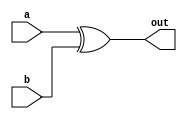
`timescale 1ns/1ps

module xor_gate(out,a,b);
    input a,b;
    output out;

    assign out = a^b;
endmodule

module test;
    reg a,b;
    wire out;

    xor_gate u1(out,a,b);

    initial
    begin
        $monitor(,$time," a=%b b=%b out=%b",a,b,out);
        #0 a=1'b0; b=1'b0;
        #2 a=1'b0; b=1'b1;
        #2 a=1'b1; b=1'b0;
        #2 a=1'b1; b=1'b1;
        #10 $finish;
    end

    initial
    begin
        $dumpfile("xor.vcd");
        $dumpvars;
    end
endmodule